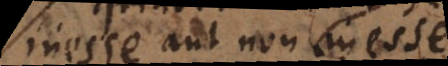
inesse aut non inesse